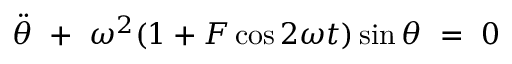
\Ddot { \theta } \ + \ \omega ^ { 2 } ( 1 + F \cos 2 \omega t ) \sin \theta \ = \ 0